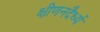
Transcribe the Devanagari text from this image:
क्षीणनदैर्ध्य